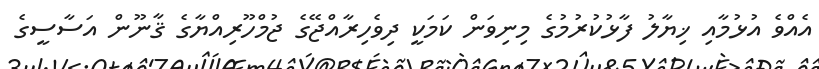
އެއްވެ އުޅުމާއި ޚިޔާލު ފާޅުކުރުމުގެ މިނިވަން ކަމަކީ ދިވެހިރާއްޖޭގެ ޖުމްހޫރިއްޔާގެ ޤާނޫން އަސާސީގެ